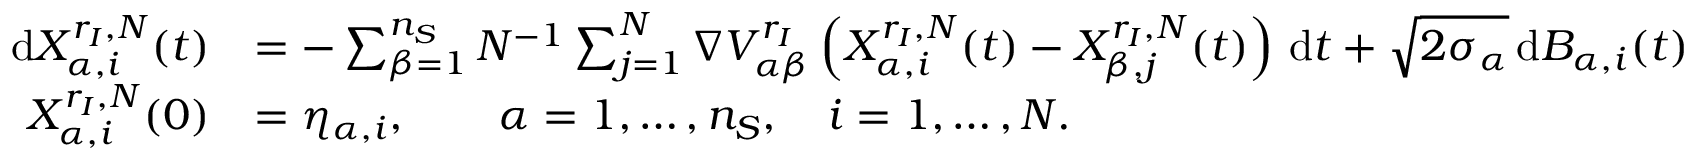
\begin{array} { r l } { \, \mathrm { d } X _ { \alpha , i } ^ { { r _ { I } } , N } ( t ) } & { = - \sum _ { \beta = 1 } ^ { n _ { S } } N ^ { - 1 } \sum _ { j = 1 } ^ { N } \nabla { V _ { \alpha \beta } ^ { r _ { I } } } \left( X _ { \alpha , i } ^ { { r _ { I } } , N } ( t ) - X _ { \beta , j } ^ { { r _ { I } } , N } ( t ) \right) \, \mathrm { d } t + \sqrt { 2 \sigma _ { \alpha } } \, \mathrm { d } B _ { \alpha , i } ( t ) } \\ { X _ { \alpha , i } ^ { { r _ { I } } , N } ( 0 ) } & { = \eta _ { \alpha , i } , \qquad \alpha = 1 , \ldots , { n _ { S } } , \quad i = 1 , \ldots , N . } \end{array}